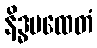
နိဒ္ဓမထေတံ